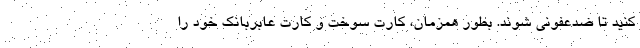
کنید تا ضدعفونی شوند. بطور همزمان، کارت سوخت و کارت عابربانک خود را